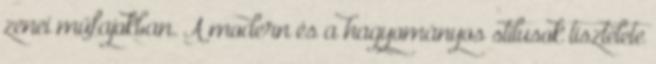
zenei műfajokban. A modern és a hagyományos stílusok tisztelete